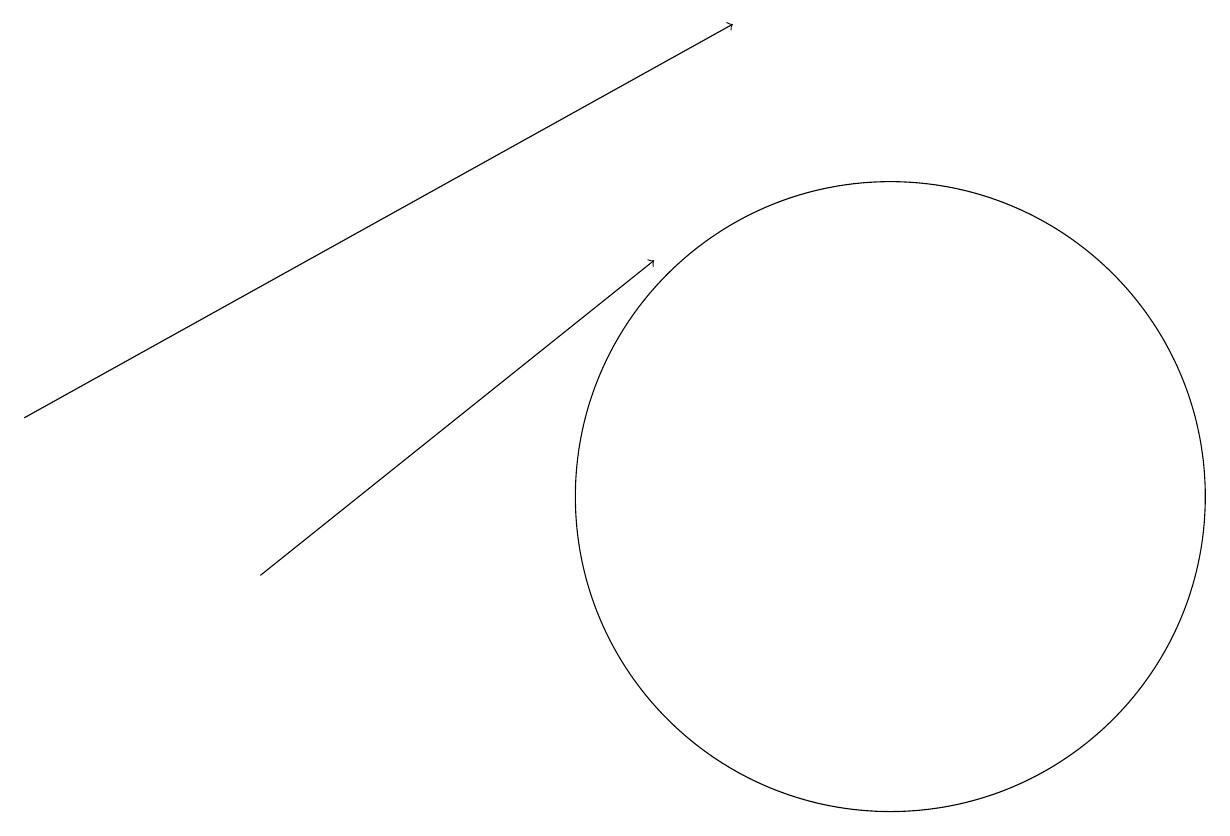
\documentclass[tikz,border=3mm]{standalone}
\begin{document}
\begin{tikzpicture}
\draw[->] (3,10) -- (8,14);
\draw[->] (0,12) -- (9,17);
\draw (11,11) circle (4);
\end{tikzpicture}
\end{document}